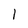
Character: 1